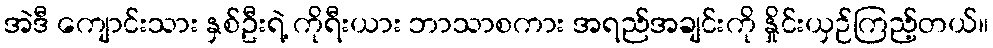
အဲဒီ ကျောင်းသား နှစ်ဦးရဲ့ ကိုရီးယား ဘာသာစကား အရည်အချင်းကို နှိုင်းယှဉ်ကြည့်တယ်။